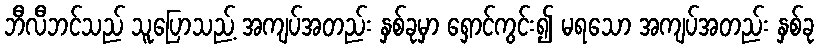
ဘီလီဘင်သည် သူပြောသည့် အကျပ်အတည်း နှစ်ခုမှာ ရှောင်ကွင်း၍ မရသော အကျပ်အတည်း နှစ်ခု